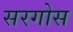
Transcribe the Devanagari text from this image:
सरगोस